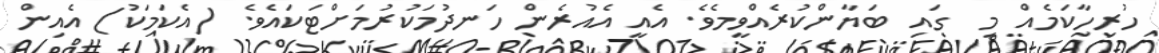
ހުރިހާކަމެއް މި  ގައި ބަޔާންކުރެއްވީމެވެ. އެއީ އެއުރެން ހަނދުމަކުރުމަށްޓަކައެވެ. (އެކަމަކު) އެއިން